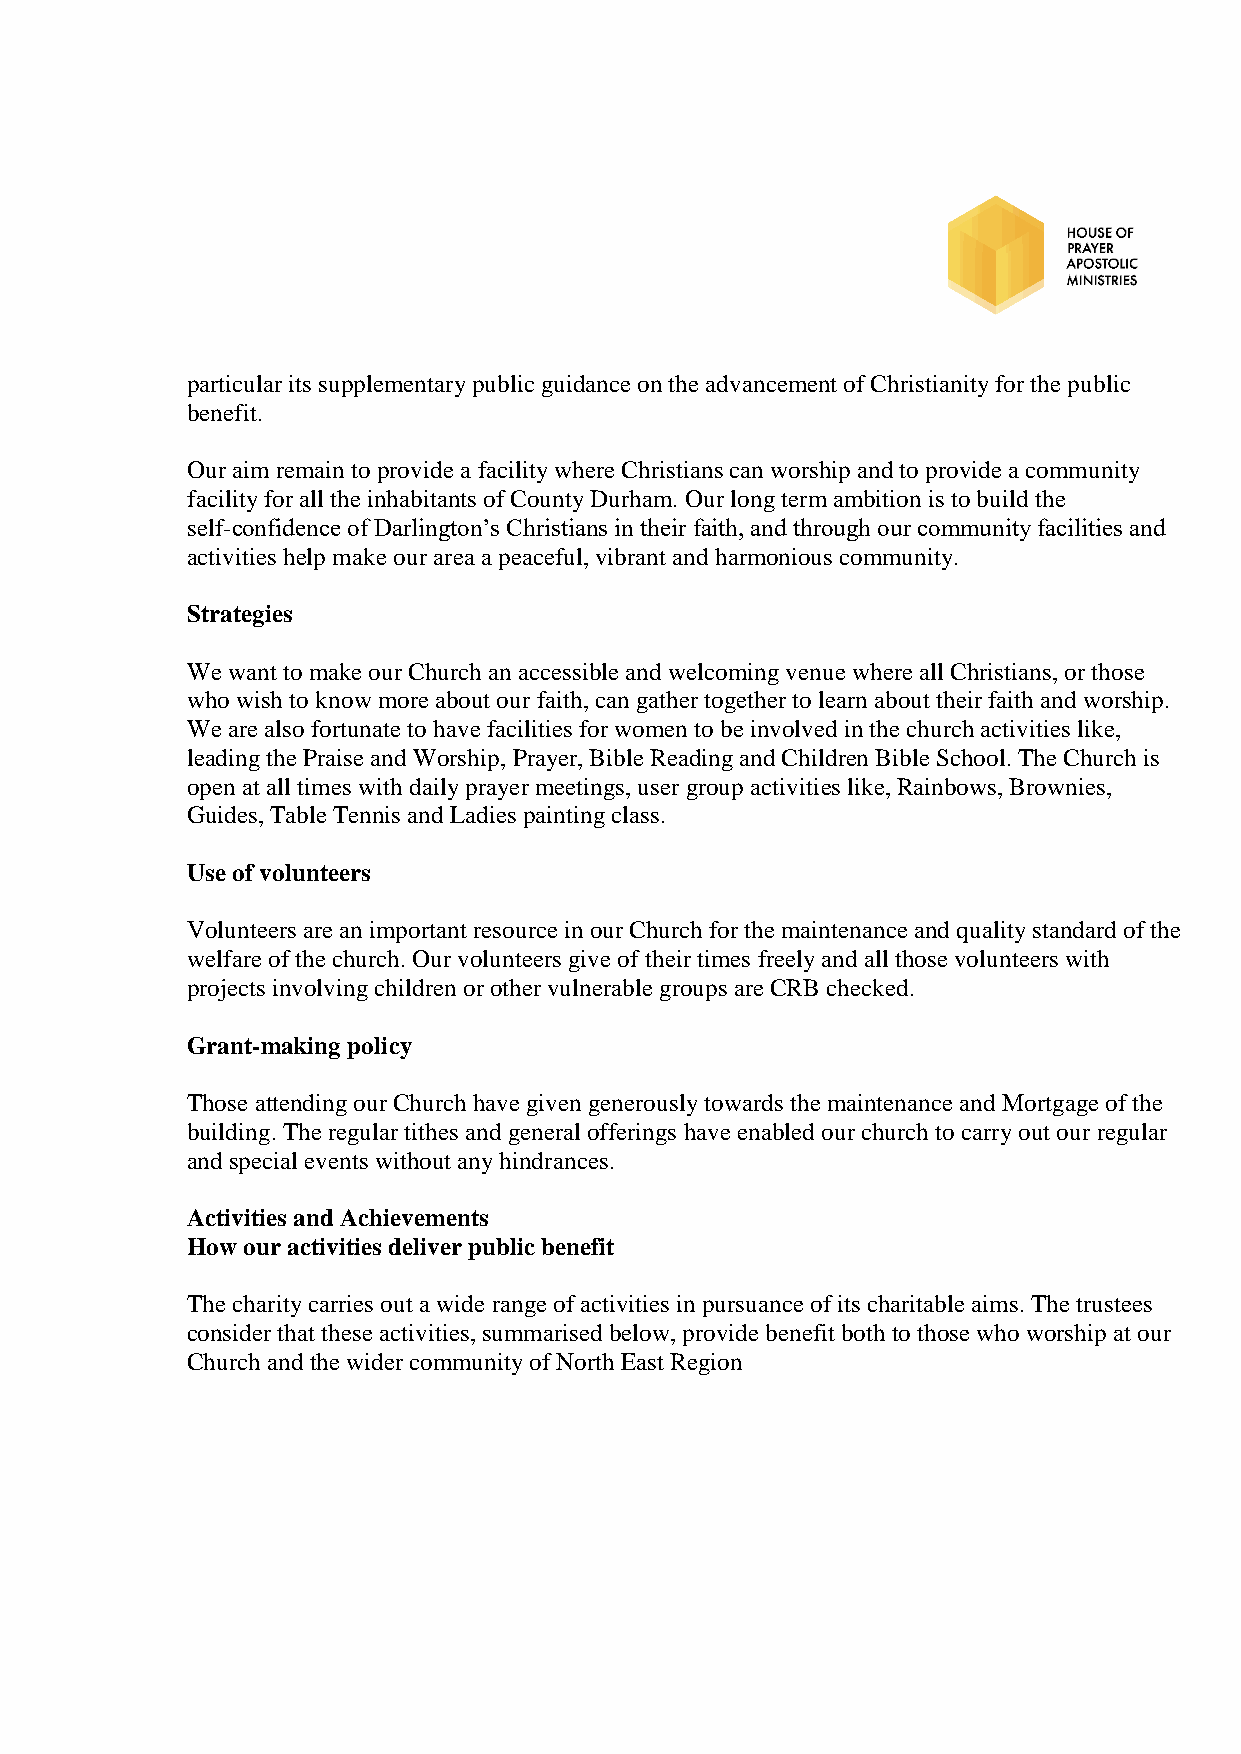
particular its supplementary public guidance on the advancement of Christianity for the public
 benefit.
 Our aim remain to provide a facility where Christians can worship and to provide a community
 facility for all the inhabitants of County Durham. Our long term ambition is to build the
 self-confidence of Darlington’s Christians in their faith, and through our community facilities and
 activities help make our area a peaceful, vibrant and harmonious community.
 Strategies
 We want to make our Church an accessible and welcoming venue where all Christians, or those
 who wish to know more about our faith, can gather together to learn about their faith and worship.
 We are also fortunate to have facilities for women to be involved in the church activities like,
 leading the Praise and Worship, Prayer, Bible Reading and Children Bible School. The Church is
 open at all times with daily prayer meetings, user group activities like, Rainbows, Brownies,
 Guides, Table Tennis and Ladies painting class.
 Use of volunteers
 Volunteers are an important resource in our Church for the maintenance and quality standard of the
 welfare of the church. Our volunteers give of their times freely and all those volunteers with
 projects involving children or other vulnerable groups are CRB checked.
 Grant-making policy
 Those attending our Church have given generously towards the maintenance and Mortgage of the
 building. The regular tithes and general offerings have enabled our church to carry out our regular
 and special events without any hindrances.
 Activities and Achievements
 How our activities deliver public benefit
 The charity carries out a wide range of activities in pursuance of its charitable aims. The trustees
 consider that these activities, summarised below, provide benefit both to those who worship at our
 Church and the wider community of North East Region